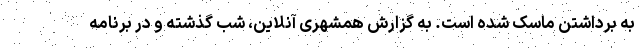
به برداشتن ماسک شده است. به گزارش همشهری آنلاین، شب گذشته و در برنامه‌